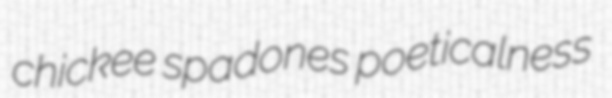
chickee spadones poeticalness